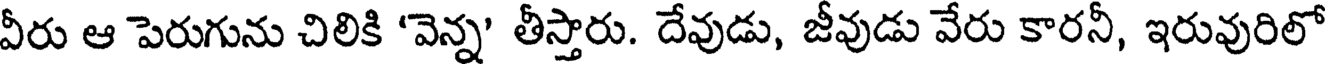
వీరు ఆ పెరుగును చిలికి 'వెన్న' తీస్తారు. దేవుడు, జీవుడు వేరు కారనీ, ఇరువురిలో